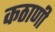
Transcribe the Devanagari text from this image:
कठाणी